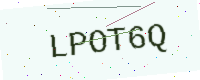
Text: LPOT6Q